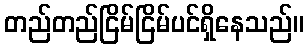
တည်တည်ငြိမ်ငြိမ်ပင်ရှိနေသည်။